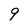
Character: 9